画像に写った文字を読んでください
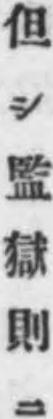
「但シ監獄則ニ」と書いてあります